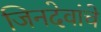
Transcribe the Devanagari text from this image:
जिनदेवांचे